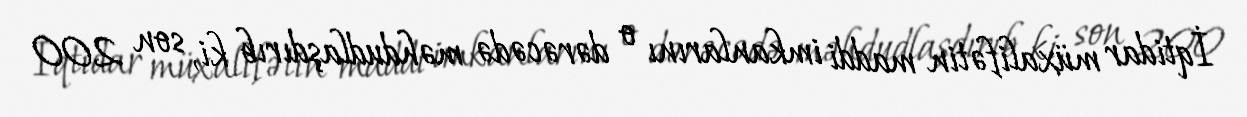
İqtidar müxalifətin maddi imkanlarını o dərəcədə məhdudlaşdırıb ki, son 200